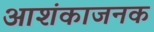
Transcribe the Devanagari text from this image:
आशंकाजनक